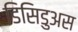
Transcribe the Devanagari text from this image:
डिसिडुअस